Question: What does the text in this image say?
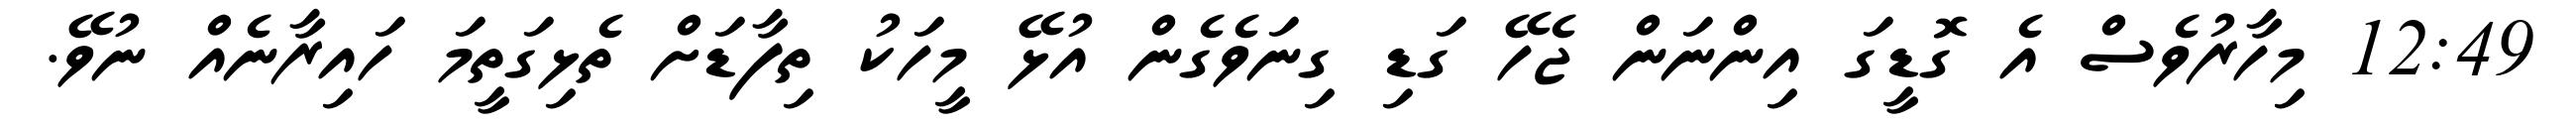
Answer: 12:49 މިހާރުވެސް އެ ގޮޑީގަ އިންނަން ޖެހޭ ގަޑި ގިނަވެގެން އުޅޭ މީހަކު ތިފާޑަށް ތެޅިގަތީމަ ހައިރާނެއް ނުވޭ.